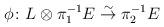
LaTeX: \begin{align*}\phi \colon L\otimes \pi_1^{-1}E \stackrel{\sim}{\to}\pi_2^{-1}E\end{align*}